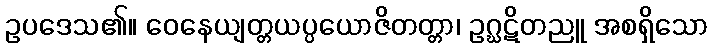
ဥပဒေသ၏။ ဝေနေယျတ္တယပ္ပယောဇိတတ္တာ၊ ဥဂ္ဃဋိတညူ အစရှိသော